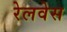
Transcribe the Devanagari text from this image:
रेलवेस